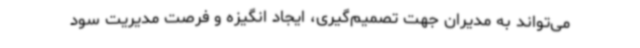
می‌تواند به مدیران جهت تصمیم‌گیری، ایجاد انگیزه و فرصت مدیریت سود